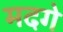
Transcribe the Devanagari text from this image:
मदगे